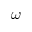
\omega